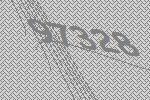
97328